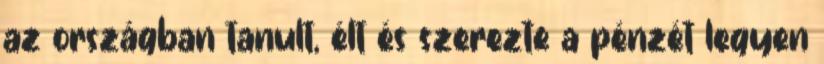
az országban tanult, élt és szerezte a pénzét legyen